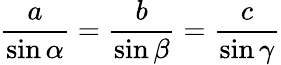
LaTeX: {\frac{a}{\sin\alpha}}={\frac{b}{\sin\beta}}={\frac{c}{\sin\gamma}}